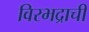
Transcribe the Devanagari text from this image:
विरभद्राची